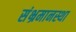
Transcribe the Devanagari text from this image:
संभ्रमानस्था